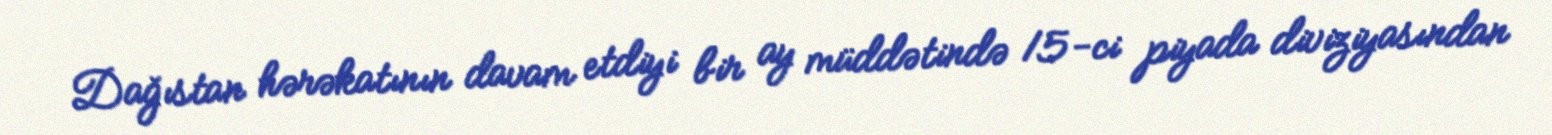
Dağıstan hərəkatının davam etdiyi bir ay müddətində 15-ci piyada diviziyasından